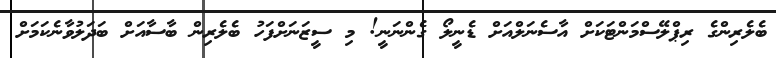
ބެލެރިންގެ ރިޕްލޭސްމަންޓަކަށް އާސެނަލްއަށް ޑެނީލޯ ގެންނަނީ! މި ސީޒަނަށްފަހު ބެލެރިން ބާސާއަށް ބަދަލުވާނެކަމަށް